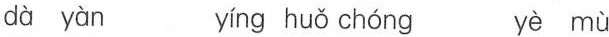
dà yàn yíng huǒ chóng yè mù